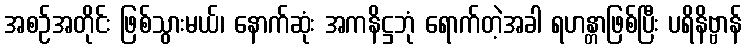
အစဉ်အတိုင်း ဖြစ်သွားမယ်၊ နောက်ဆုံး အကနိဋ္ဌဘုံ ရောက်တဲ့အခါ ရဟန္တာဖြစ်ပြီး ပရိနိဗ္ဗာန်